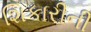
શિકારીની